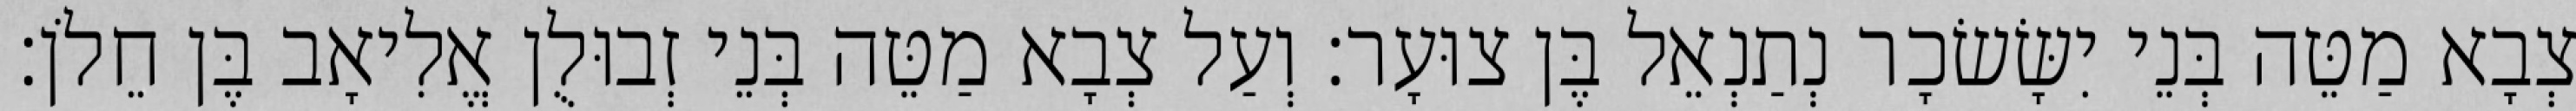
צְבָא מַטֵּה בְּנֵי יִשָּׂשׂכָר נְתַנְאֵל בֶּן צוּעָר׃ וְעַל צְבָא מַטֵּה בְּנֵי זְבוּלֻן אֱלִיאָב בֶּן חֵלֹן׃